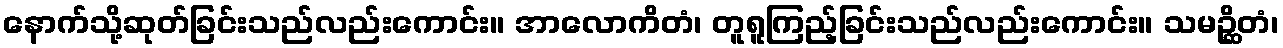
နောက်သို့ဆုတ်ခြင်းသည်လည်းကောင်း။ အာလောကိတံ၊ တူရူကြည့်ခြင်းသည်လည်းကောင်း။ သမဉ္ဆိတံ၊